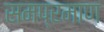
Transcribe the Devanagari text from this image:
समप्रमाण